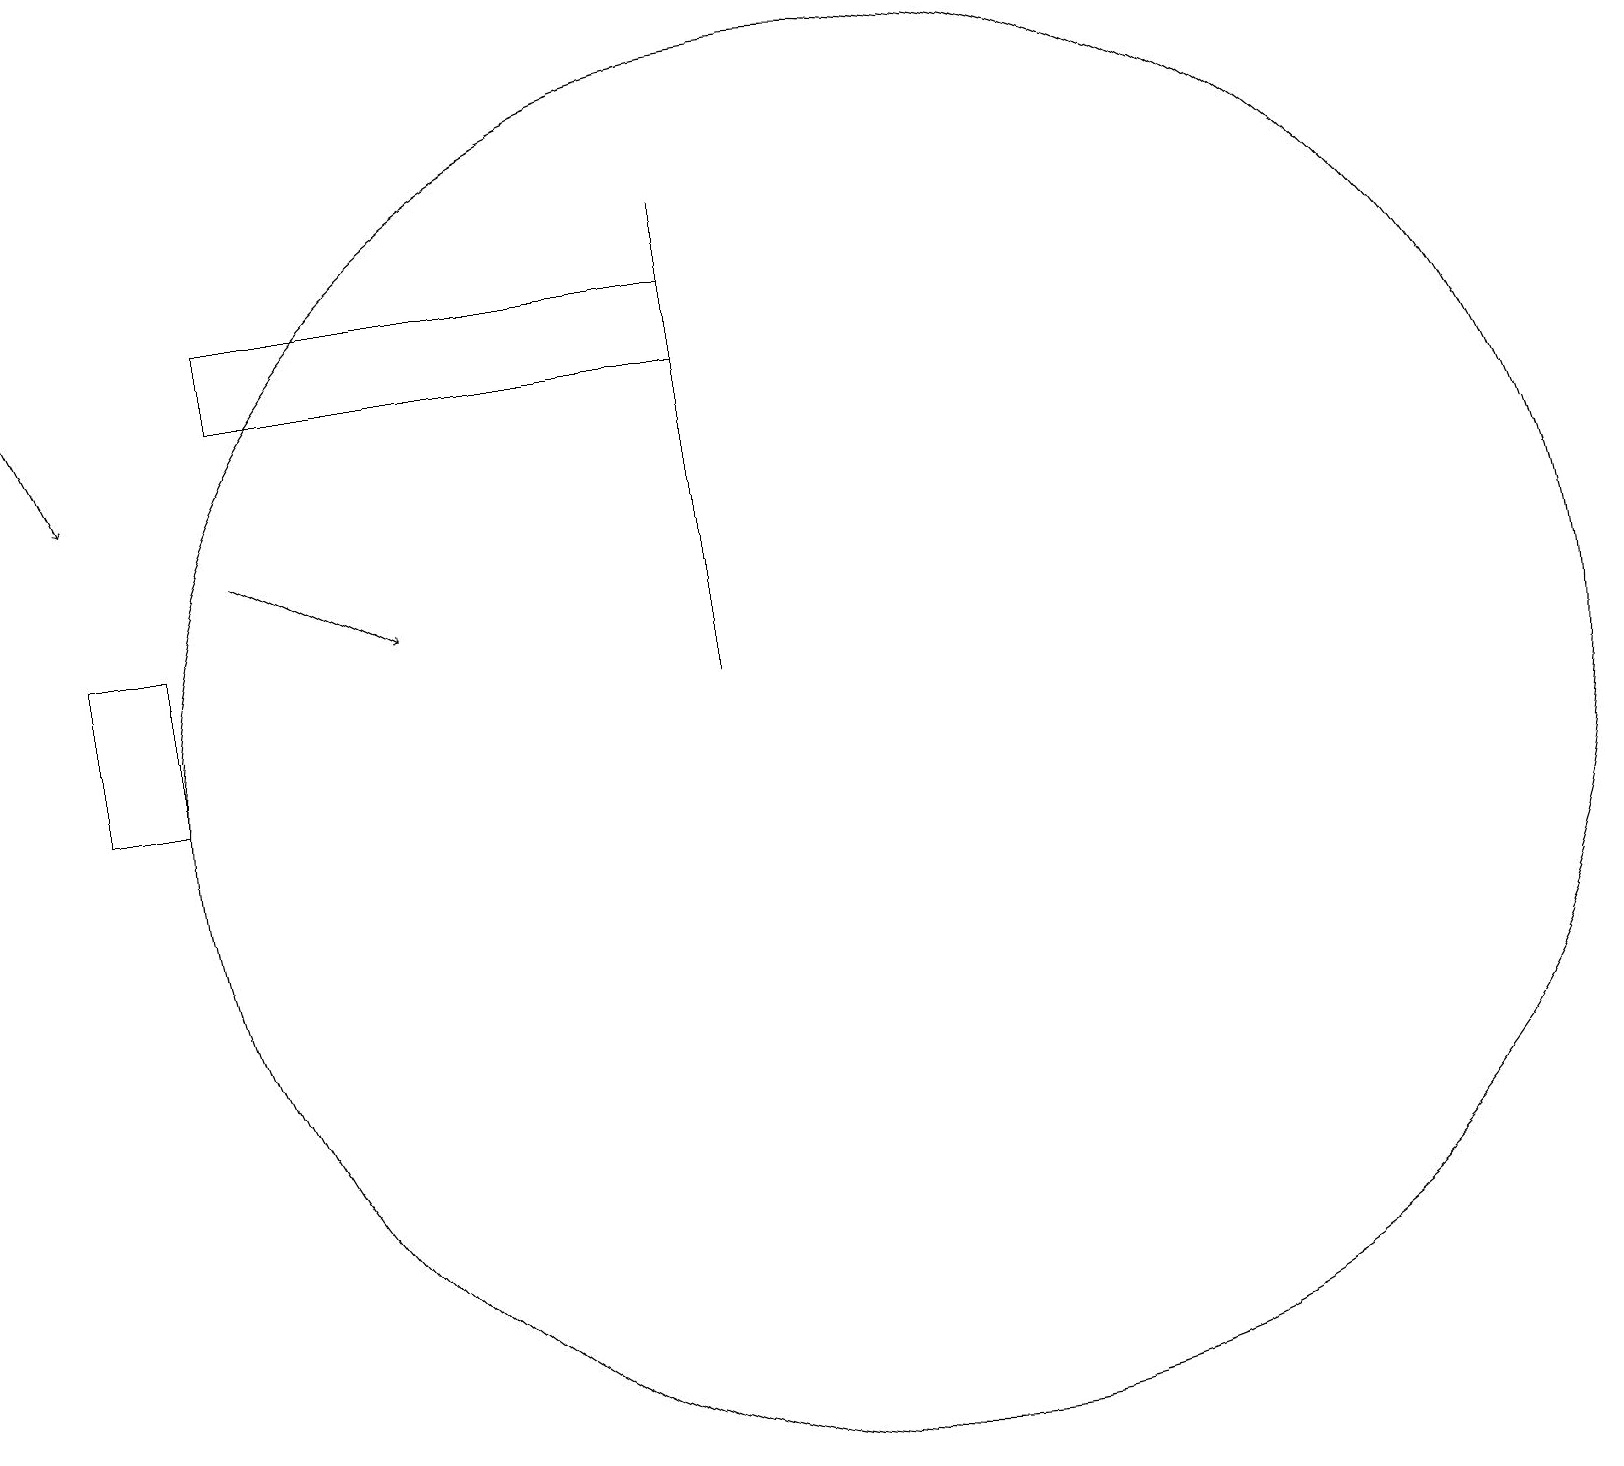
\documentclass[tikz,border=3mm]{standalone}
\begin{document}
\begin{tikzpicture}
\draw[->] (3,15) -- (5,14);
\draw (11,12) circle (9);
\draw (9,18) rectangle (3,17);
\draw (1,14) rectangle (2,12);
\draw (9,13) rectangle (9,19);
\draw[->] (0,18) -- (1,16);
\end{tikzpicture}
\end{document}